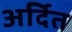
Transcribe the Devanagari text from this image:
अर्दित